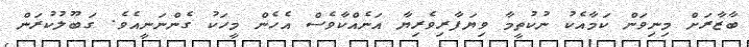
ބާޒާރަށް މިނިވަން ކަމާއެކު ނުކުތީމާ ވިޔަފާރިވެރިޔާ އަނެއްކާވެސް އެހެން މީހަކު ގެންނަނީއެވެ. ގަބޫލުކުރަން